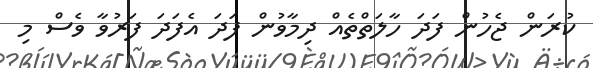
ކުރަން ޖެހުން ފަދަ ހާލަތްތެއް ދިމާވުން ފަދަ އެފަދަ ފަރުވާ ވެސް މި